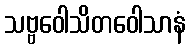
သဗ္ဗဝေါသိတဝေါသာနံ